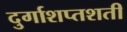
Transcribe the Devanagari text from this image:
दुर्गाशप्तशती